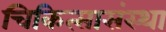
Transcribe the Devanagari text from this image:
चिकित्सासंस्था